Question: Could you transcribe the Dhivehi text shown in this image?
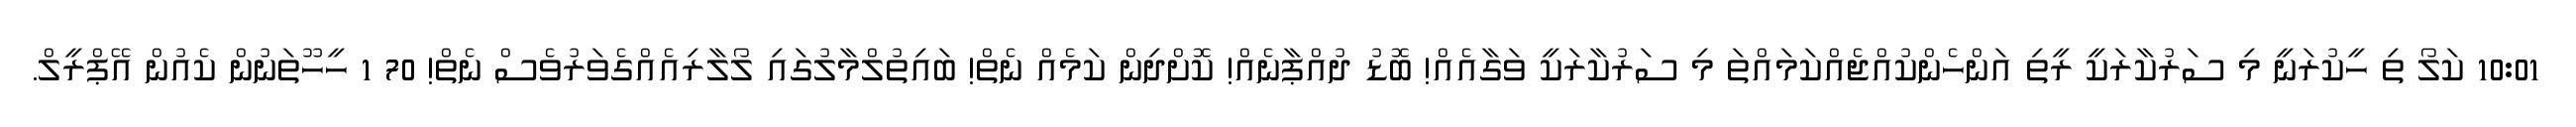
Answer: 10:01 ކަލޯ ތި ހީކުރަނީ މި ސަރުކާރަކީ ރީތި އަންހެންކުއްޖެއްކަމައްތަ މި ސަރުކާރަކީ ވަގާއެއް! ބޮޑު ދުއްޕާނެއް! ކޮށްދިން ކަމެއް ނެތް! ބައިތުލްމާލުގައި ލޯލާރިއެއްގެވަރުވެސް ނެތް! 70 1 ހީހޫތަނުން ކެއުން އޭޕްރީލް.